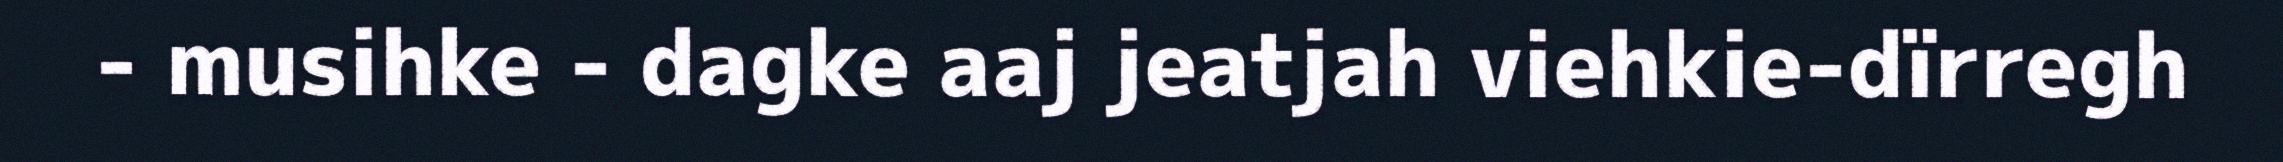
- musihke - dagke aaj jeatjah viehkie-dïrregh